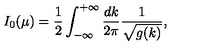
I _ { 0 } ( \mu ) = { \frac { 1 } { 2 } } \int _ { - \infty } ^ { + \infty } \frac { d k } { 2 \pi } \frac { 1 } { \sqrt { g ( k ) } } ,